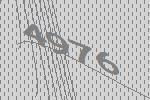
4976